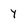
Character: y